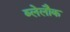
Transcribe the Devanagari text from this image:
ब्लेलौक